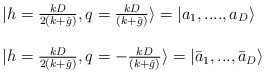
\begin{align*}\begin{array}{l}|h=\frac{kD}{2(k+\check{g})}, q=\frac{kD}{(k+\check{g})} \rangle =|a_{1},....,a_{D} \rangle \\\ \\|h=\frac{kD}{2(k+\check{g})}, q=-\frac{kD}{(k+\check{g})} \rangle =|\bar{a}_{1},..., \bar{a}_{D} \rangle\end{array}\end{align*}